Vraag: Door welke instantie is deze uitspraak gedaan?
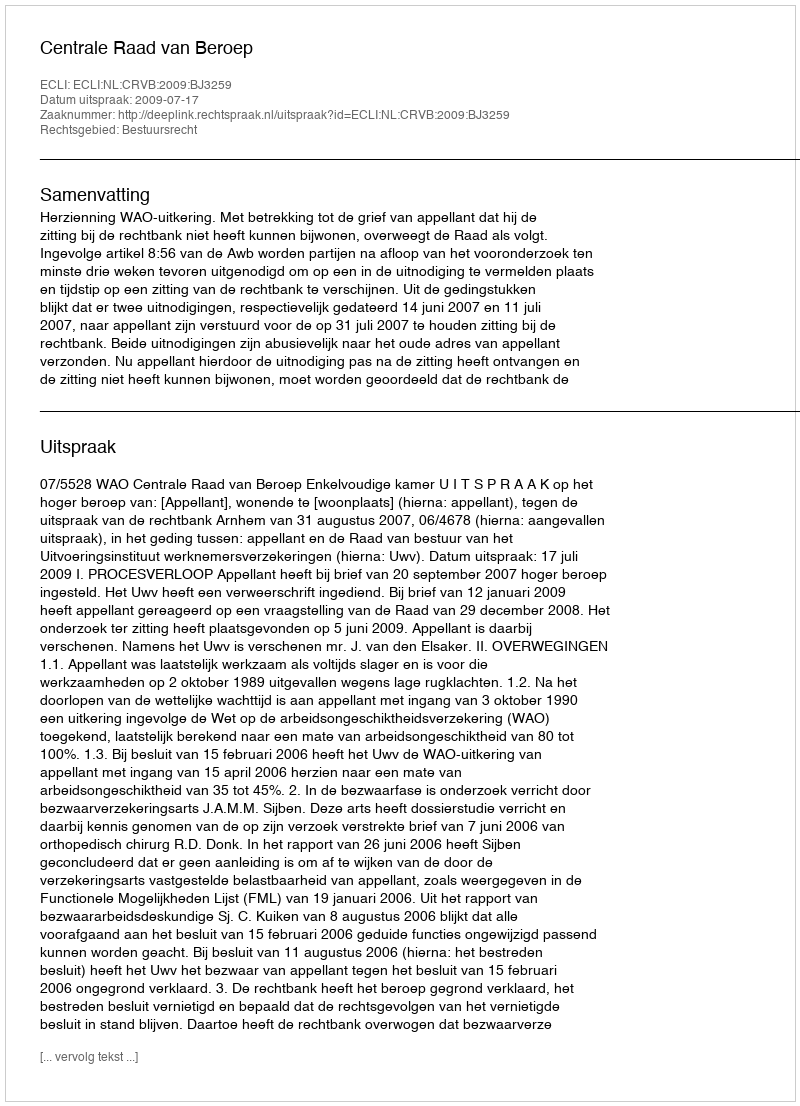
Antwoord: Centrale Raad van Beroep